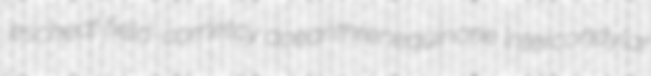
escheat field-cornetcy aceanthrenequinone intercondylar